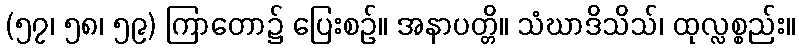
(၅၇၊ ၅၈၊ ၅၉) ကြာတော၌ ပြေးစဉ်။ အနာပတ္တိ။ သံဃာဒိသိသ်၊ ထုလ္လစ္စည်း။